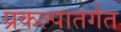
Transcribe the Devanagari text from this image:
प्रकल्पातर्गत